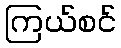
ကြယ်စင်